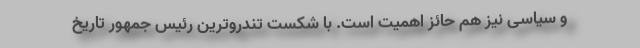
و سیاسی نیز هم حائز اهمیت است. با شکست تندروترین رئیس جمهور تاریخ